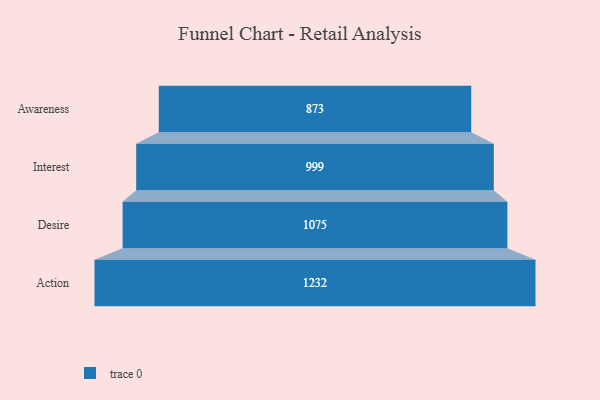
{"axis": {"x": "Stage", "y": "Value"}, "legend": [""], "data": [{"x": "Awareness", "y": 873.0, "type": ""}, {"x": "Interest", "y": 999.0, "type": ""}, {"x": "Desire", "y": 1075.0, "type": ""}, {"x": "Action", "y": 1232.0, "type": ""}]}